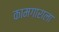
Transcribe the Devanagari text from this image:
कामगाराला